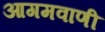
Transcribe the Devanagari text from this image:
आगमवाणी